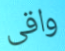
واقى